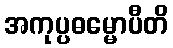
အကုပ္ပဓမ္မောပီတိ